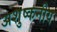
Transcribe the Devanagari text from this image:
अशुष्कनीय